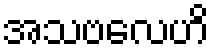
အသဗလေဟိ